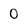
Character: 0